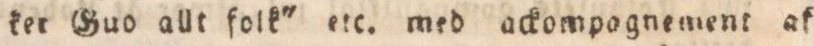
ket Guo allt folk' etc. med ackompagnement af